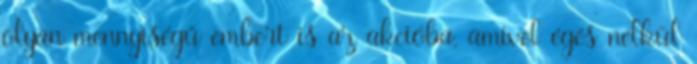
olyan mennyiségű embert is az akcióba, amivel égés nélkül